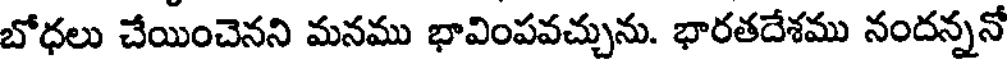
బోధలు చేయించెనని మనము భావింపవచ్చును. భారతదేశము నందన్ననో